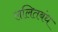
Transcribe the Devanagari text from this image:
ललितबंध